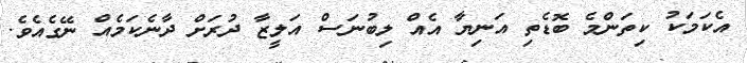
އެކަމަކު ކިތަންމެ ބޮޑެތި އަނިޔާ އެއް ލިބުނަސް އަލީޒާ ދުރަށް ދާނެކަމެއް ނޭގެއެވެ.